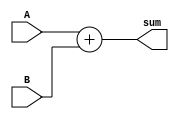
`timescale 1ns / 1ps
//////////////////////////////////////////////////////////////////////////////////
// Company: 
// Engineer: 
// 
// Design Name: 
// Module Name: Add
// Project Name: 
// Target Devices: 
// Tool Versions: 
// Description: 
// 
// Dependencies: 
// 
// Revision:
// Revision 0.01 - File Created
// Additional Comments:
// 
//////////////////////////////////////////////////////////////////////////////////


module Add(
    input [31:0] A ,
    input [31:0] B , 
    output [31:0] sum 
    );
    assign sum = A + B ;
endmodule